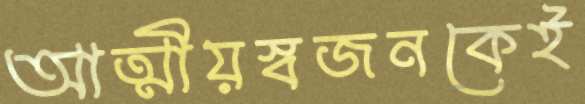
আত্মীয়স্বজনকেই